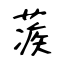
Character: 蒺